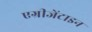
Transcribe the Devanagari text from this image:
एग्रीजेंटाइन